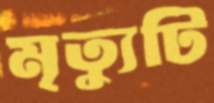
মৃত্যুটি